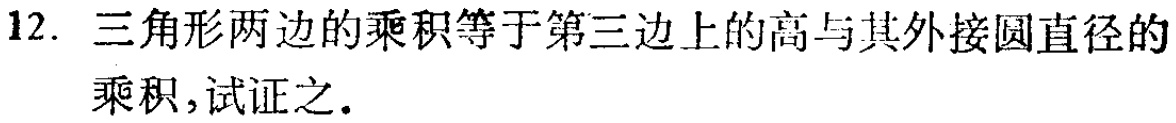
12. 三角形两边的乘积等于第三边上的高与其外接圆直径的乘积,试证之.